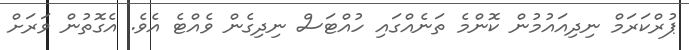
ޕުރްކަރަމް ނިދިއައުމުން ކޮންމެ ތަނެއްގައި ހުއްޓަސް ނިދިގެން ވެއްޓެ އެވެ. އެގޮތުން ވަރަށް